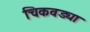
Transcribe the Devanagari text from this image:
चिकवड्या